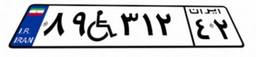
۸۹W۳۱۲۴۲